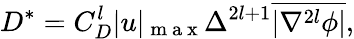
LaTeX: D^{*}={C}_{D}^{l}|u|_{\mathrm{~m~a~x~}}\Delta^{2l+1}\overline{{|\nabla^{2l}\phi|}},